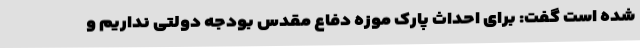
شده است گفت: برای احداث پارک موزه دفاع مقدس بودجه دولتی نداریم و